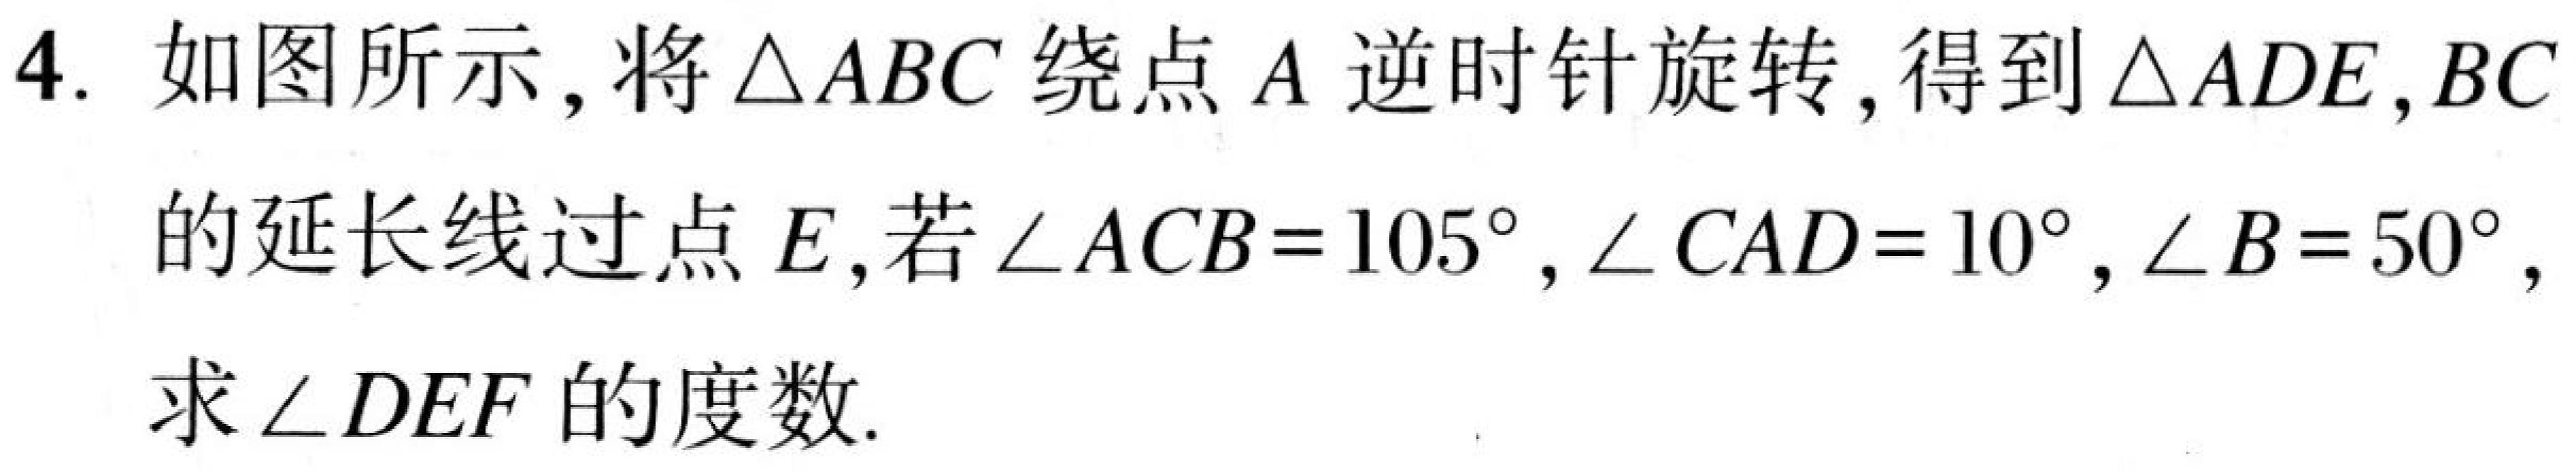
4. 如图所示，将 \(\triangle ABC\) 绕点 \(A\) 逆时针旋转，得到 \(\triangle ADE\)，\(BC\)
的延长线过点 \(E\)，若 \(\angle ACB = 105^{\circ}\)，\(\angle CAD = 10^{\circ}\)，\(\angle B = 50^{\circ}\)，
求 \(\angle DEF\) 的度数.